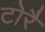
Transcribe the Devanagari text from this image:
टोरै